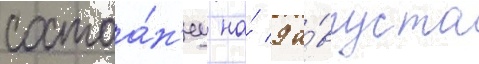
состоа́н'иу на́ 9 а́вгуста